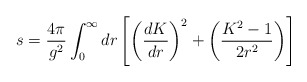
\begin{align*}s = {4\pi \over g^2}\int^\infty_0 dr \left[\left({dK\over dr}\right)^2 +\left({K^2 -1 \over 2r^2}\right)\right]\end{align*}